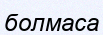
болмаса